Report on sanitation, dispensaries, and jails in Rajputana for 1914, and on vaccination for the year 1914-1915 - 1914-1915
Year: 1914
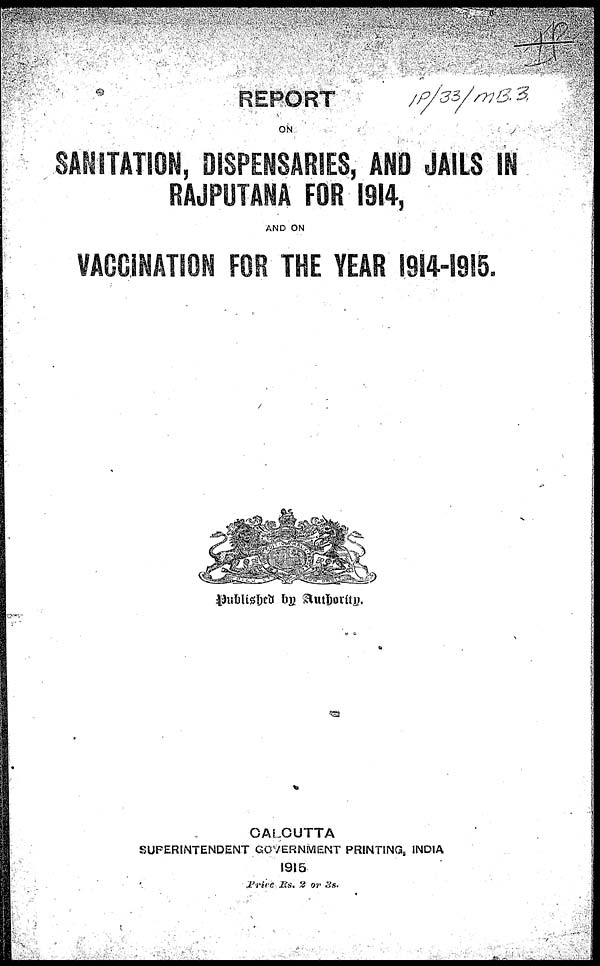
REPORT
ON
SANITATION, DISPENSARIES, AND JAILS IN
RAJPUTANA FOR 1914,
AND ON
VACCINATION FOR THE YEAR 1914-1915.
Published by Authority.
CALCUTTA
SUPERINTENDENT GOVERNMENT PRINTING, INDIA
1915
Price Rs. 2 or 3s.